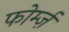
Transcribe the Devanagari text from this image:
फोर्म्ज़